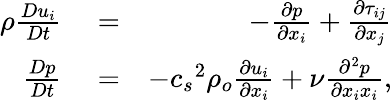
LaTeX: \begin{array}{rlr}{\rho\frac{Du_{i}}{Dt}}&{{}=}&{-\frac{\partial p}{\partial x_{i}}+\frac{\partial\tau_{ij}}{\partial x_{j}}}\\ {\frac{Dp}{Dt}}&{{}=}&{-{c_{s}}^{2}\rho_{o}\frac{\partial u_{i}}{\partial x_{i}}+\nu\frac{\partial^{2}p}{\partial x_{i}x_{i}},}\end{array}